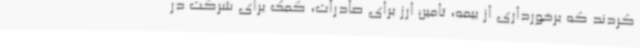
کردند که برخورداری از بیمه، تامین ارز برای صادرات، کمک برای شرکت در